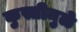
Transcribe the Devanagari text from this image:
कुस्तीमुळे